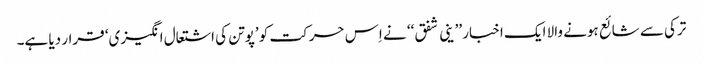
ترکی سے شائع ہونے والا ایک اخبار ’’ ینی شفق‘‘ نے اِس حرکت کو ’پوتن کی اشتعال انگیزی‘ قرار دیا ہے۔